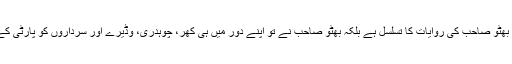
بلاول کا پارٹی چئیرمین بننا بھی بھٹو صاحب کی روایات کا تسلسل ہے بلکہ بھٹو صاحب نے تو اپنے دور میں ہی کھر، چوہدری، وڈیرے اور سرداروں کو پارٹی کے اہم منصبوں پر فائز کر دیا تھا۔